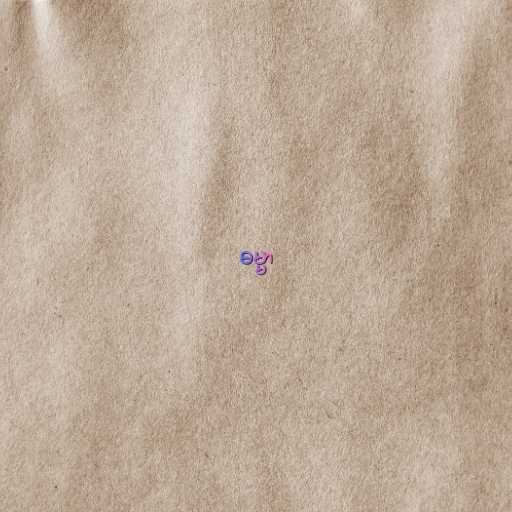
ဓမ္မာ